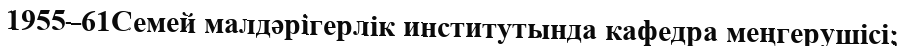
1955–61Семей малдәрігерлік институтында кафедра меңгерушісі;